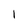
Character: I